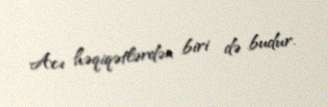
Acı həqiqətlərdən biri də budur.